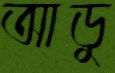
আডু